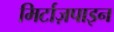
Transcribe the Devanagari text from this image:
मिर्टाज़पाइन